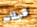
قبلات